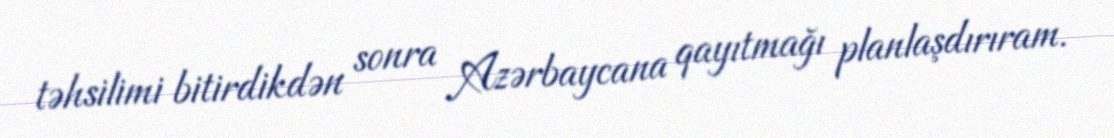
təhsilimi bitirdikdən sonra Azərbaycana qayıtmağı planlaşdırıram.